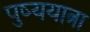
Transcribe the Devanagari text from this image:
पुष्ययात्रा